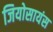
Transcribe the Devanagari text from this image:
जियोसायंस